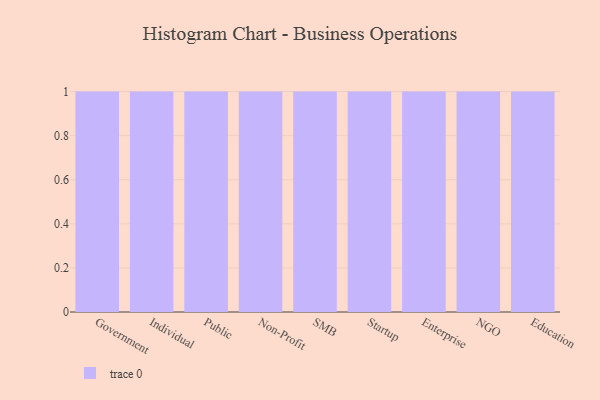
{"axis": {"x": "Segment", "y": "Shipments"}, "legend": [""], "data": [{"x": "Government", "y": 43, "type": ""}, {"x": "Individual", "y": 60, "type": ""}, {"x": "Public", "y": 25, "type": ""}, {"x": "Non-Profit", "y": 10, "type": ""}, {"x": "SMB", "y": 16, "type": ""}, {"x": "Startup", "y": 19, "type": ""}, {"x": "Enterprise", "y": 85, "type": ""}, {"x": "NGO", "y": 89, "type": ""}, {"x": "Education", "y": 36, "type": ""}]}